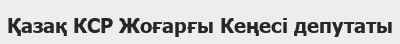
Қазақ КСР Жоғарғы Кеңесі депутаты